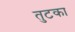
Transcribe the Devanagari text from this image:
तुटका